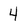
Character: 4